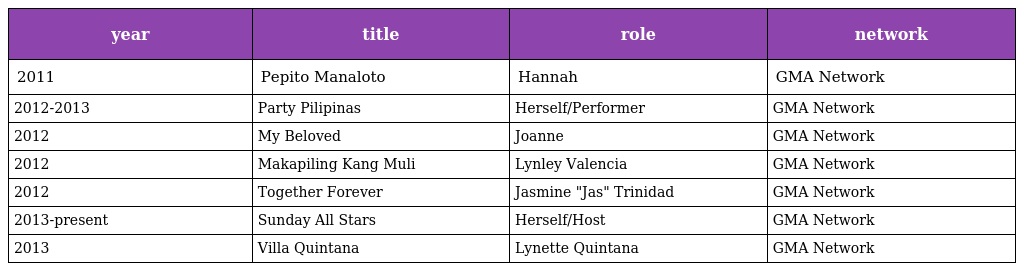
| year | title | role | network |
 | --- | --- | --- | --- |
 | 2011 | Pepito Manaloto | Hannah | GMA Network |
 | 2012-2013 | Party Pilipinas | Herself/Performer | GMA Network |
 | 2012 | My Beloved | Joanne | GMA Network |
 | 2012 | Makapiling Kang Muli | Lynley Valencia | GMA Network |
 | 2012 | Together Forever | Jasmine "Jas" Trinidad | GMA Network |
 | 2013-present | Sunday All Stars | Herself/Host | GMA Network |
 | 2013 | Villa Quintana | Lynette Quintana | GMA Network |